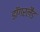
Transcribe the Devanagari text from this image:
डॉगरलैंड